On a parasite found in persons suffering from enlargement of the spleen in India, second report - Number 11
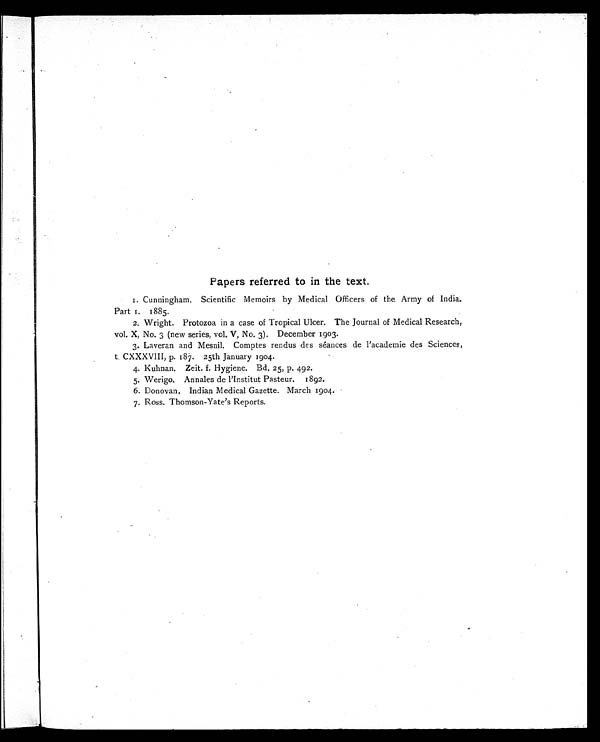
Papers referred to in the text.
1. Cunningham. Scientific Memoirs by Medical Officers of the Army of India.
Part 1. 1885.
2. Wright. Protozoa in a case of Tropical Ulcer. The Journal of Medical Research,
vol. X, No. 3 (new series, vol. V, No. 3). December 1903.
3. Laveran and Mesnil. Comptes rendus des séances de l'academie des Sciences,
t. CXXXVIII, p. 187. 25th January 1904.
4. Kuhnan. Zeit. f. Hygiene. Bd. 25, p. 492.
5. Werigo. Annales de l'Institut Pasteur. 1892.
6. Donovan. Indian Medical Gazette. March 1904.
7. Ross. Thomson-Yate's Reports.